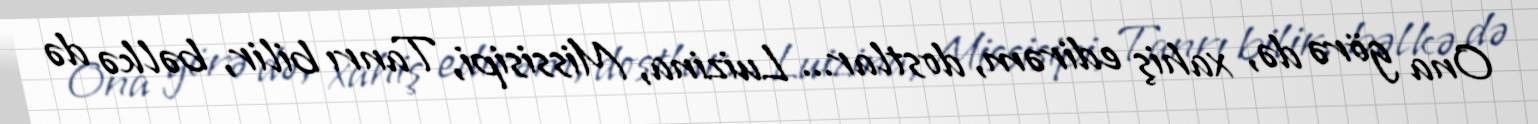
Ona görə də, xahiş edirəm, dostlar... Luizina, Missisipi, Tanrı bilir, bəlkə də